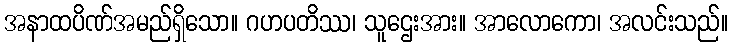
အနာထပိဏ်အမည်ရှိသော။ ဂဟပတိဿ၊ သူဌေးအား။ အာလောကော၊ အလင်းသည်။